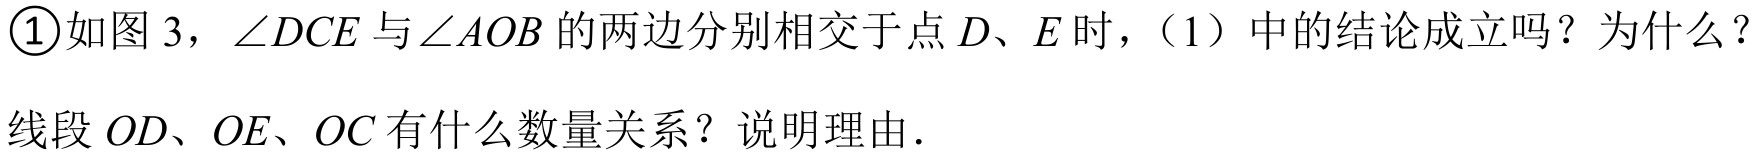
\textcircled{1}如图 3，\(\angle DCE\)与\(\angle AOB\)的两边分别相交于点 \(D、E\)时，（1）中的结论成立吗？为什么？
线段 \(OD、OE、OC\)有什么数量关系？说明理由.